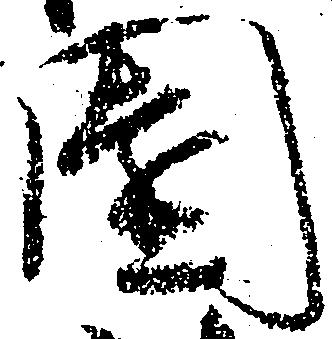
園